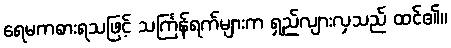
ရေမကစားရသဖြင့် သင်္ကြန်ရက်များက ရှည်လျားလှသည် ထင်၏။